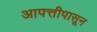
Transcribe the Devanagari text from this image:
आपत्तीपासून